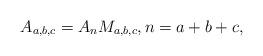
LaTeX: \begin{align*}A_{a,b,c}=A_n M_{a,b,c},n=a+b+c,\end{align*}